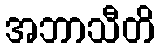
အဘာသီတိ